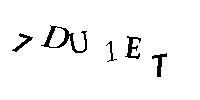
7DU1ET